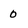
Character: 0